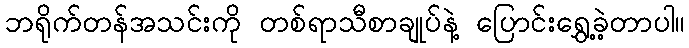
ဘရိုက်တန်အသင်းကို တစ်ရာသီစာချုပ်နဲ့ ပြောင်းရွှေ့ခဲ့တာပါ။